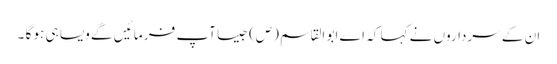
ان کے سرداروں نے کہا کہ اے ابو القاسم (ص) جیسا آپ فر ما ئیں گے ویسا ہی ہو گا ۔